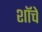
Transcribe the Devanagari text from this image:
शॉचे